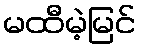
မထီမဲ့မြင်